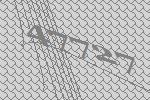
47727